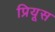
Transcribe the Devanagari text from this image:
प्रियूस